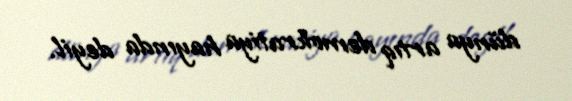
dünya artıq demokratiya hayında deyil.